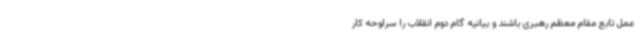
عمل تابع مقام معظم رهبری باشند و بیانیه گام دوم انقلاب را سرلوحه کار